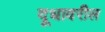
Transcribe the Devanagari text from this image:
दूधावरील